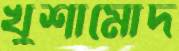
খুশামোদ